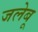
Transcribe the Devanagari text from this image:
जलेबू